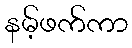
နမ့်ဖက်ကာ